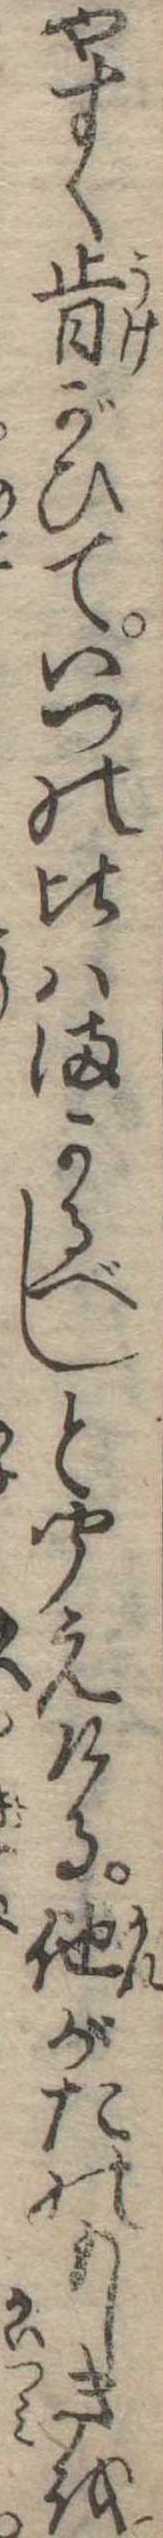
やすく肯がひていつの比はまかるべしと聞えける他がたのもしきを